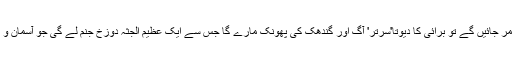
بالآخر جب دیوتا ایک ایک کرکے مر جائیں گے تو برائی کا دیوتا'سرتر' آگ اور گندھک کی پھونک مارے گا جس سے ایک عظیم الجثہ دوزخ جنم لے گی جو آسمان و زمین کو اپنی لپیٹ میں لے لے گی۔